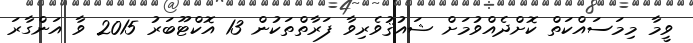
ވީމާ މިމަސައްކަތް ކޮށްދެއްވުމަށް ޝައުޤުވެރިވާ ފަރާތްތަކުން 13 އޮކްޓޫބަރު 2015 ވާ އަންގާރަ